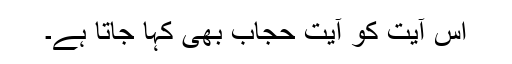
اس آیت کو آیت حجاب بھی کہا جاتا ہے۔